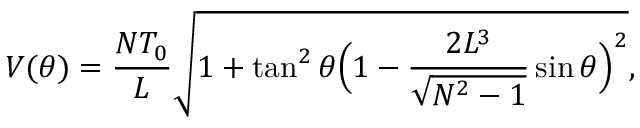
V ( \theta ) = \frac { N T _ { 0 } } { L } \sqrt { 1 + \tan ^ { 2 } { \theta } \Bigl ( 1 - \frac { 2 L ^ { 3 } } { \sqrt { N ^ { 2 } - 1 } } \sin { \theta } \Bigr ) ^ { 2 } } ,